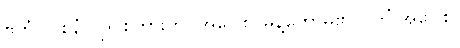
ဧတံ (ဝစနံ)၊ ဤစကားကို။ အဝေါစ၊ မိန့်တော်မူ၏။ (ကိံ အဝေါစ၊